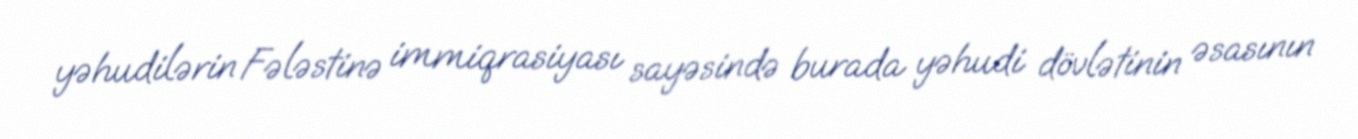
yəhudilərin Fələstinə immiqrasiyası sayəsində burada yəhudi dövlətinin əsasının